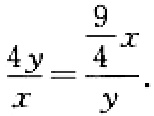
$\frac{4y}{x}=\frac{\frac{9}{4}x}{y}.$